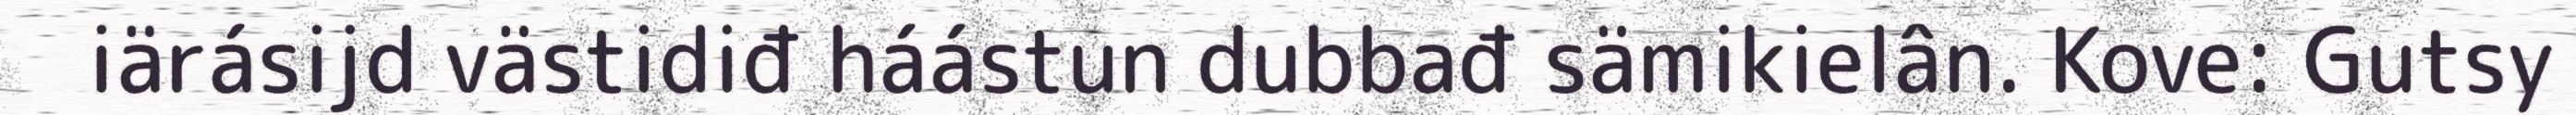
iärásijd västidiđ háástun dubbađ sämikielân. Kove: Gutsy